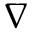
\nabla